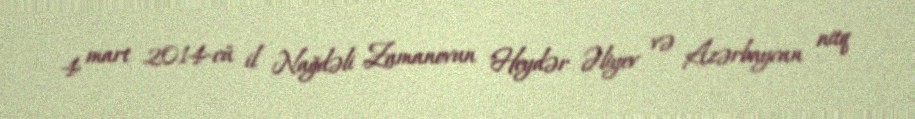
4 mart 2014-cü il Nağdəli Zamanovun "Heydər Əliyev və Azərbaycan nitq